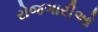
રોજગારીઓ